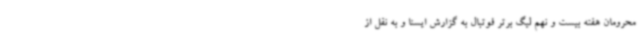
محرومان هفته بیست و نهم لیگ برتر فوتبال به گزارش ایسنا و به نقل از